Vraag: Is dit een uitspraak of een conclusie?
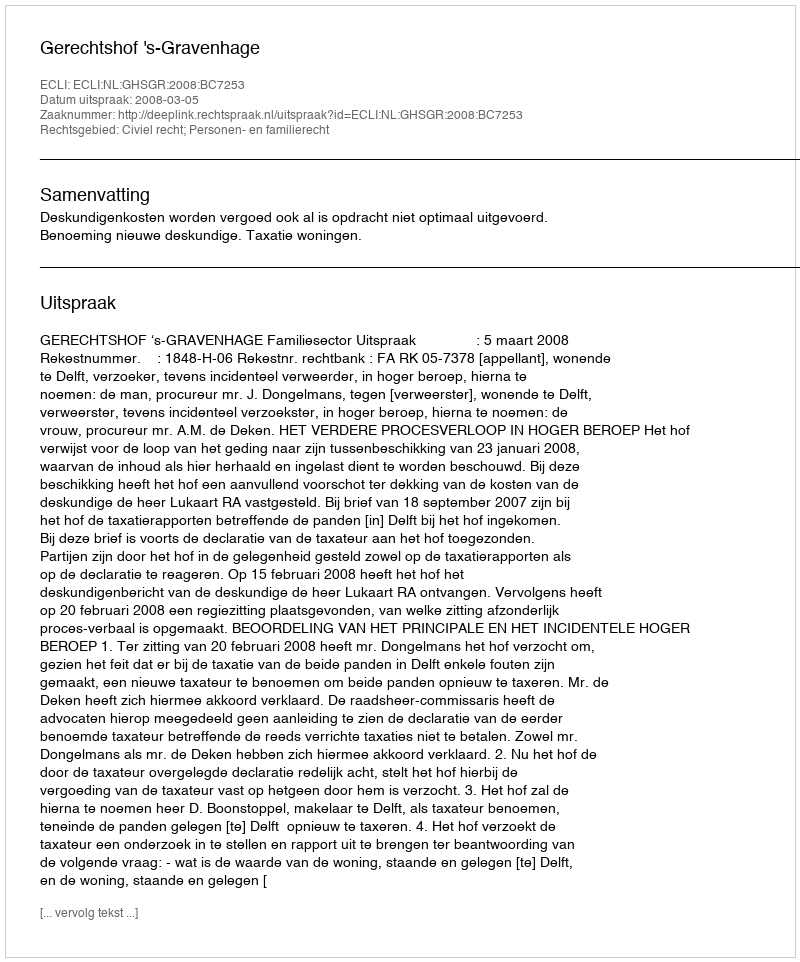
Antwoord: Uitspraak